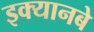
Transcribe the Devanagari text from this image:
इक्यानबे